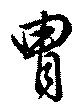
冑